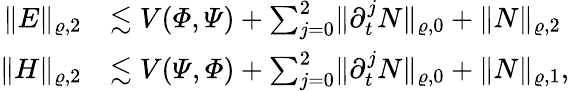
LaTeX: \begin{array}{rl}{\lVert E\rVert_{\varrho,2}}&{\lesssim V(\varPhi,\varPsi)+\sum_{j=0}^{2}\lVert\partial_{t}^{j}N\rVert_{\varrho,0}+\lVert N\rVert_{\varrho,2}}\\ {\lVert H\rVert_{\varrho,2}}&{\lesssim V(\varPsi,\varPhi)+\sum_{j=0}^{2}\lVert\partial_{t}^{j}N\rVert_{\varrho,0}+\lVert N\rVert_{\varrho,1},}\end{array}